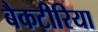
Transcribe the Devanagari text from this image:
बैकटीरिया